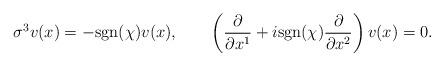
LaTeX: \begin{align*}\sigma^3v(x)=-\mbox{sgn}(\chi)v(x),\qquad\left( \frac{\partial}{\partial x^1}+i\mbox{sgn}(\chi)\frac{\partial}{\partial x^2}\right)v(x)=0.\end{align*}